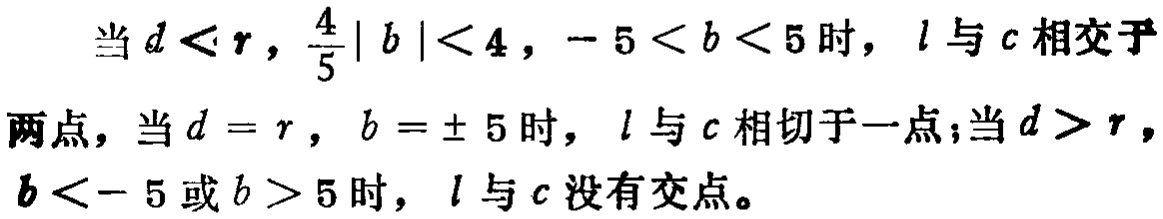
当\(d < r\)，\(\frac{4}{5}|b| < 4\)，\(-5 < b < 5\)时，\(l\)与\(c\)相交于两点，当\(d = r\)，\(b = \pm 5\)时，\(l\)与\(c\)相切于一点；当\(d > r\)，\(b < - 5\)或\(b > 5\)时，\(l\)与\(c\)没有交点。